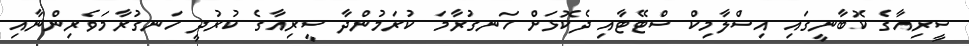
ސީރިއާގެ ކޮބާނީގައި އިސްލާމިކް ސްޓޭޓާއި ދެކޮޅަށް ހަނގުރާމަ ކުރަމުންދާ ސީރިއާގެ ކުރުދީ ހަނގުރާމަވެރިންނާއި